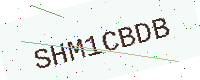
Text: SHM1CBDB